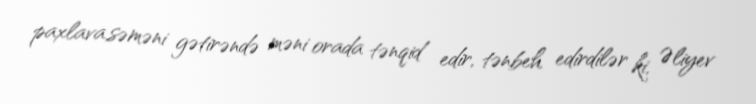
paxlava,səməni gətirəndə məni orada tənqid edir, tənbeh edirdilər ki, Əliyev